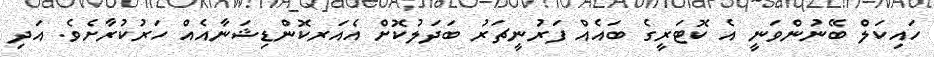
ހައިކަލް ބޭނުންވަނީ އެ ކޮޓަރީގެ ބައެއް ފަރުނީޗަރު ބަދަލުކޮށް އެއަރކޮންޑިޝަނާއެއް ހަރުކުރާށެވެ. އަދި